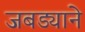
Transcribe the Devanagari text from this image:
जबड्याने